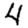
Digit: 4